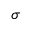
\sigma